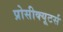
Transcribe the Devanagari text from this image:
प्रोसीक्यूटर्स